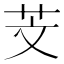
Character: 芠